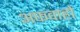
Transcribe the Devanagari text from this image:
अफवाहो